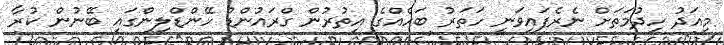
މިއަދު ހިދުމަތަށް ނެރެފައިވަނީ ހަތަރު ބަހެއްގެ އިތުރުން ގްރައުންޑް ހޭންޑްލިންގައި ބޭނުން ކުރާ